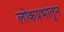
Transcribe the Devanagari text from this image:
लोकप्रभातून